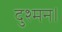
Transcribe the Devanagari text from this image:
दुश्मन।